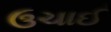
ઉચાઈ